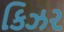
કિઝર